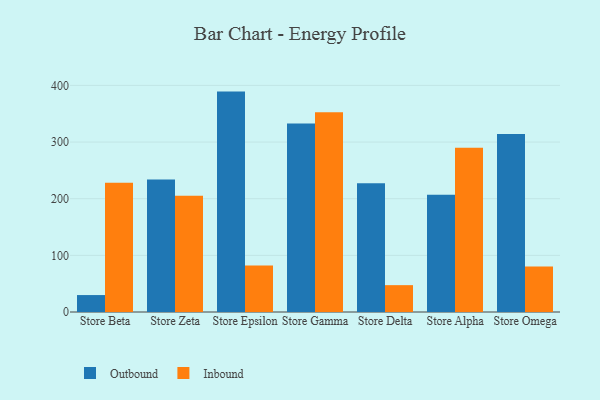
{"axis": {"x": "Store", "y": "Net Income (USD K)"}, "legend": ["Inbound", "Outbound"], "data": [{"x": "Store Beta", "y": 29.9, "type": "Outbound"}, {"x": "Store Beta", "y": 228.3, "type": "Inbound"}, {"x": "Store Zeta", "y": 233.9, "type": "Outbound"}, {"x": "Store Zeta", "y": 205.4, "type": "Inbound"}, {"x": "Store Epsilon", "y": 389.1, "type": "Outbound"}, {"x": "Store Epsilon", "y": 81.9, "type": "Inbound"}, {"x": "Store Gamma", "y": 333.0, "type": "Outbound"}, {"x": "Store Gamma", "y": 352.6, "type": "Inbound"}, {"x": "Store Delta", "y": 227.2, "type": "Outbound"}, {"x": "Store Delta", "y": 47.4, "type": "Inbound"}, {"x": "Store Alpha", "y": 207.2, "type": "Outbound"}, {"x": "Store Alpha", "y": 289.9, "type": "Inbound"}, {"x": "Store Omega", "y": 314.4, "type": "Outbound"}, {"x": "Store Omega", "y": 80.2, "type": "Inbound"}]}